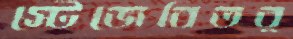
স্টেজেবিতর্